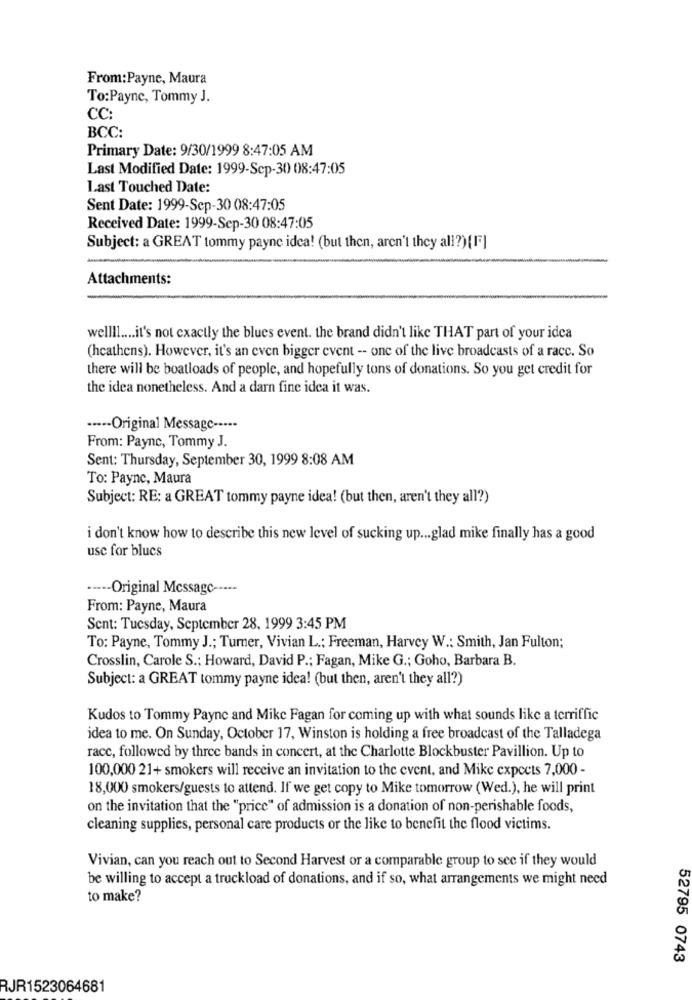
From: Payne, Maura
To:Payne, Tommy J.
CC:
BCC:
Primary Date: 9/30/1999 8:47:05 AM
Last Modified Date: 1999-Sep-30 08:47:05
Last Touched Date:
Sent Date: 1999-Sep-30 08:47:05
Received Date: 1999-Sep-30 08:47:05
Subject: a GREAT tommy payne idea! (but then, aren't they all?) (FF]
Attachments:
wellll .... it's not exactly the blues event. the brand didn't like THAT part of your idea
(hcathens). However, it's an even bigger event -- one of the live broadcasts of a racc. So
there will be boatloads of people, and hopefully tons of donations. So you get credit for
the idea nonetheless. And a darn fine idea it was.
····· Original Message -----
From: Payne, Tommy J.
Sent: Thursday, September 30, 1999 8:08 AM
To: Payne, Maura
Subject: RE: a GREAT tommy payne idea! (but then, aren't they all?)
i don't know how to describe this new level of sucking up ... glad mike finally has a good
usc for blucs
·---- Original Message -----
From: Payne, Maura
Sent: Tuesday, September 28, 1999 3:45 PM
To: Payne, Tommy J .; Turner, Vivian L .: Freeman, Harvey W .: Smith, Jan Fulton;
Crosslin, Carole S .; Howard, David P .; Fagan, Mike G .; Goho, Barbara B.
Subject: a GREAT tommy payne idea! (but then, aren't they all?)
Kudos to Tommy Payne and Mike Fagan for coming up with what sounds like a terriffic
idea to me. On Sunday, October 17, Winston is holding a free broadcast of the Talladega
racc, followed by three bands in concert, at the Charlotte Blockbuster Pavillion. Up to
100,000 21+ smokers will receive an invitation to the event, and Mike expects 7,000 -
18,000 smokers/guests to attend. If we get copy to Mike tomorrow (Wed.), he will print
on the invitation that the "price" of admission is a donation of non-perishable foods,
cleaning supplies, personal care products or the like to benefit the flood victims.
Vivian, can you reach out to Second Harvest or a comparable group to see if they would
be willing to accept a truckload of donations, and if so, what arrangements we might need
to make?
52795 0743
RJR1523064681